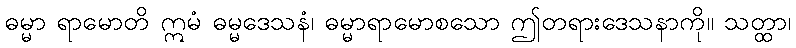
ဓမ္မာ ရာမောတိ ဣမံ ဓမ္မဒေသနံ၊ ဓမ္မာရာမောစသော ဤတရားဒေသနာကို။ သတ္ထာ၊